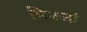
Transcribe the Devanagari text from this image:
भिषजां